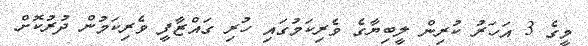
މީގެ 3 އަހަރު ކުރިން ލީބިޔާގެ ވެރިކަމުގައި ހުރި ގައްޒާފީ ވެރިކަމުން ދުރުކޮށް